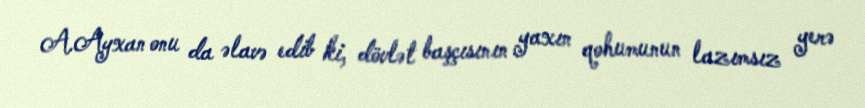
A.Ayxan onu da əlavə edib ki, dövlət başçısının yaxın qohumunun lazımsız yerə